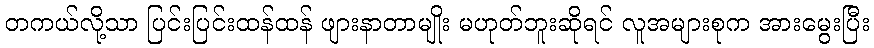
တကယ်လို့သာ ပြင်းပြင်းထန်ထန် ဖျားနာတာမျိုး မဟုတ်ဘူးဆိုရင် လူအများစုက အားမွေးပြီး